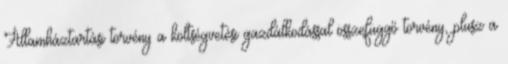
Államháztartási törvény a költségvetési gazdálkodással összefüggő törvény, plusz a